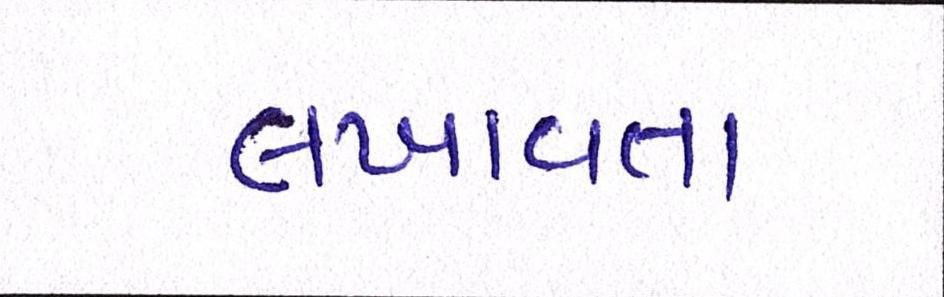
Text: લખાવતા